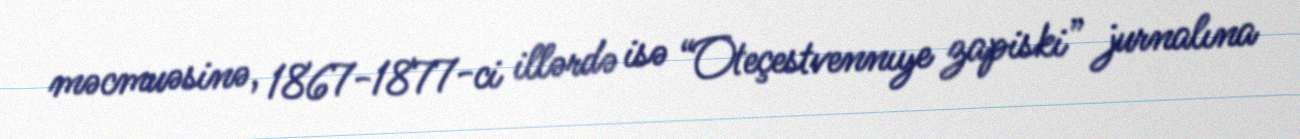
məcmuəsinə, 1867-1877-ci illərdə isə “Oteçestvennıye zapiski” jurnalına